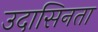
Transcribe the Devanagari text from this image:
उदासिनता